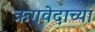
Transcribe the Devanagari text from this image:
ऋगवेदाच्या